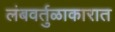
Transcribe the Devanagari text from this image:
लंबवर्तुळाकारात